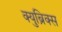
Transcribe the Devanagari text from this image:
क्युब्रिक्स